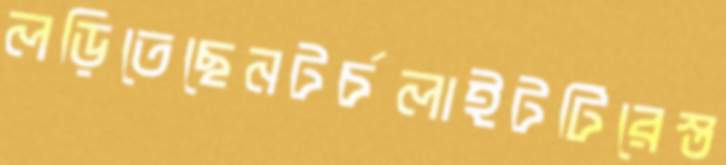
লড়িতেছেনটর্চলাইটটিরেস্ত